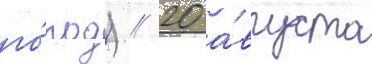
го́род) // 20 а́вгуста